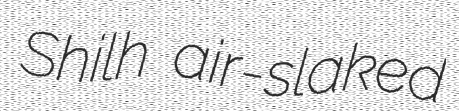
Shilh air-slaked